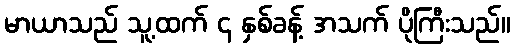
မာယာသည် သူ့ထက် ၄ နှစ်ခန့် အသက် ပိုကြီးသည်။